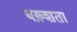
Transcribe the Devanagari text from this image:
बख़्शता